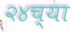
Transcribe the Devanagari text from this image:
२४च्या